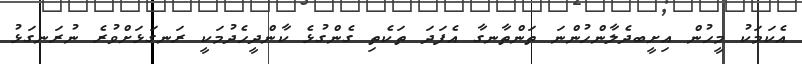
އެކަމަކު މީހުން އިށީބދެލާންހުންނަ ތަންތާނގާ އެފަދަ ތަކެތި ގެންގުޅެ ކާންދީހެދުމަކީ ރަނގަޅަށްވުރެ ނުރަނގަޅު